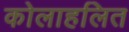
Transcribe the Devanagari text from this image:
कोलाहलित